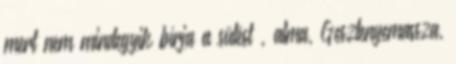
mert nem mindegyik bírja a sütést , alma, Gesztenyemassza,